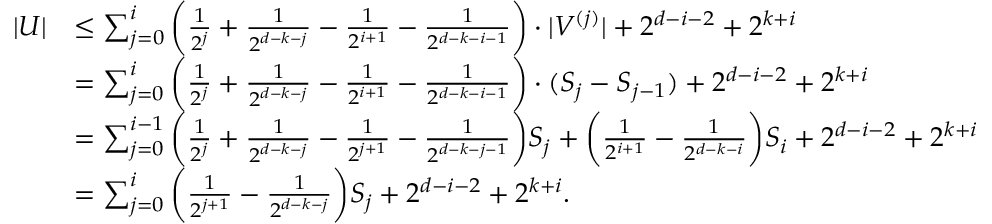
\begin{array} { r l } { | U | } & { \le \sum _ { j = 0 } ^ { i } \bigg ( \frac { 1 } { 2 ^ { j } } + \frac { 1 } { 2 ^ { d - k - j } } - \frac { 1 } { 2 ^ { i + 1 } } - \frac { 1 } { 2 ^ { d - k - i - 1 } } \bigg ) \cdot | V ^ { ( j ) } | + 2 ^ { d - i - 2 } + 2 ^ { k + i } } \\ & { = \sum _ { j = 0 } ^ { i } \bigg ( \frac { 1 } { 2 ^ { j } } + \frac { 1 } { 2 ^ { d - k - j } } - \frac { 1 } { 2 ^ { i + 1 } } - \frac { 1 } { 2 ^ { d - k - i - 1 } } \bigg ) \cdot ( S _ { j } - S _ { j - 1 } ) + 2 ^ { d - i - 2 } + 2 ^ { k + i } } \\ & { = \sum _ { j = 0 } ^ { i - 1 } \bigg ( \frac { 1 } { 2 ^ { j } } + \frac { 1 } { 2 ^ { d - k - j } } - \frac { 1 } { 2 ^ { j + 1 } } - \frac { 1 } { 2 ^ { d - k - j - 1 } } \bigg ) S _ { j } + \bigg ( \frac { 1 } { 2 ^ { i + 1 } } - \frac { 1 } { 2 ^ { d - k - i } } \bigg ) S _ { i } + 2 ^ { d - i - 2 } + 2 ^ { k + i } } \\ & { = \sum _ { j = 0 } ^ { i } \bigg ( \frac { 1 } { 2 ^ { j + 1 } } - \frac { 1 } { 2 ^ { d - k - j } } \bigg ) S _ { j } + 2 ^ { d - i - 2 } + 2 ^ { k + i } . } \end{array}